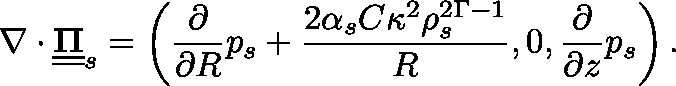
\nabla \cdot \underline { { \underline { { \mathbf { \Pi } } } } } _ { s } = \left( \frac { \partial } { \partial R } p _ { s } + \frac { 2 \alpha _ { s } C \kappa ^ { 2 } \rho _ { s } ^ { 2 \Gamma - 1 } } { R } , 0 , \frac { \partial } { \partial z } p _ { s } \right) .